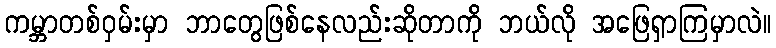
ကမ္ဘာတစ်ဝှမ်းမှာ ဘာတွေဖြစ်နေလည်းဆိုတာကို ဘယ်လို အဖြေရှာကြမှာလဲ။